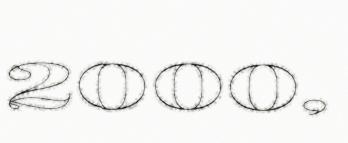
2000,